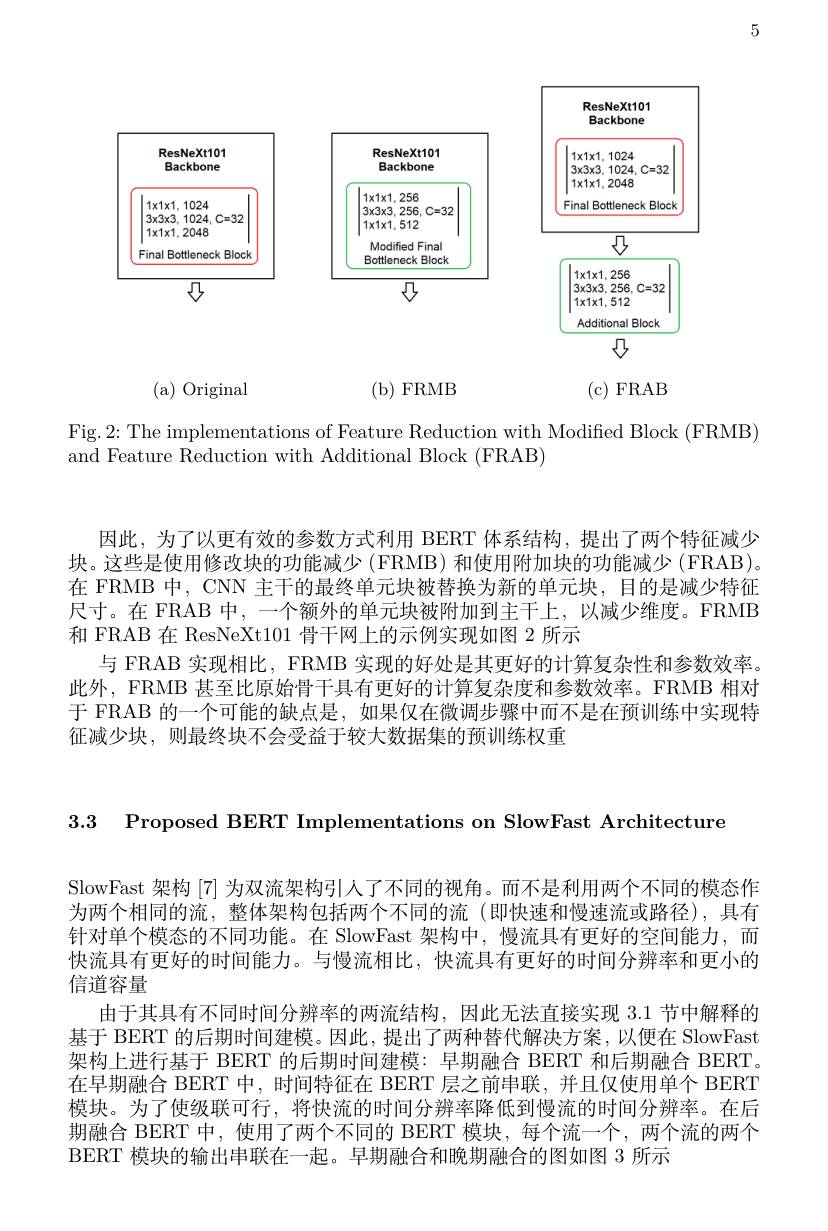
5

<FigureHere>

Fig.2: The implementations of Feature Reduction with Modified Block (FRMB)
and Feature Reduction with Additional Block (FRAB)

因此，为了以更有效的参数方式利用 BERT 体系结构，提出了两个特征减少块。这些是使用修改块的功能减少 (FRMB) 和使用附加块的功能减少 (FRAB)。在 FRMB 中，CNN 主干的最终单元块被替换为新的单元块，目的是减少特征尺寸。在 FRAB 中，一个额外的单元块被附加到主干上，以减少维度。FRMB 和 FRAB 在 ResNeXt101 骨干网上的示例实现如图 2 所示
与 FRAB 实现相比，FRMB 实现的好处是其更好的计算复杂性和参数效率。此外，FRMB 甚至比原始骨干具有更好的计算复杂度和参数效率。FRMB 相对于 FRAB 的一个可能的缺点是，如果仅在微调步骤中而不是在预训练中实现特征减少块，则最终块不会受益于较大数据集的预训练权重

3.3 Proposed BERT Implementations on SlowFast Architecture

SlowFast 架构 [7] 为双流架构引人了不同的视角。而不是利用两个不同的模态作为两个相同的流，整体架构包括两个不同的流(即快速和慢速流或路径),具有针对单个模态的不同功能。在 SlowFast 架构中，慢流具有更好的空间能力，而快流具有更好的时间能力。与慢流相比，快流具有更好的时间分辨率和更小的信道容量
由于其具有不同时间分辨率的两流结构，因此无法直接实现 3.1 节中解释的基于 BERT 的后期时间建模。因此，提出了两种替代解决方案，以便在 SlowFast 架构上进行基于 BERT 的后期时间建模：早期融合 BERT 和后期融合 BERT。在早期融合 BERT 中，时间特征在 BERT 层之前串联，并且仅使用单个 BERT 模块。为了使级联可行，将快流的时间分辨率降低到慢流的时间分辨率。在后期融合 BERT 中，使用了两个不同的 BERT 模块，每个流一个，两个流的两个BERT 模块的输出串联在一起。早期融合和晚期融合的图如图 3 所示